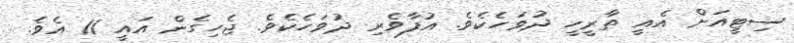
ސިޓީއަށް އެއީ ތާރީހީ ދުވަހެކެވެ. އުފާވެރި ދުވަހެކެވެ. ޖެހިގެން އައީ 11 އެވެ.